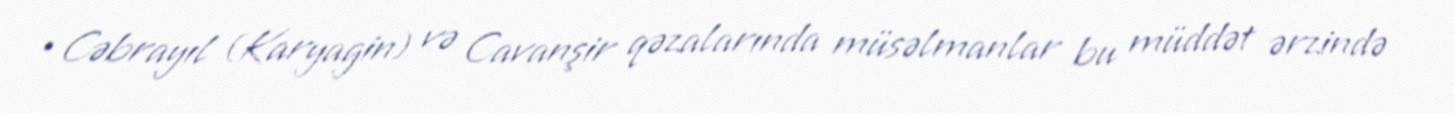
•Cəbrayıl (Karyagin) və Cavanşir qəzalarında müsəlmanlar bu müddət ərzində